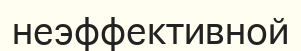
неэффективной